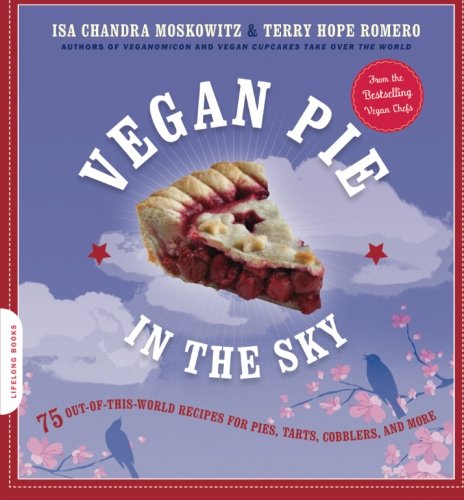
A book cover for Vegan Pie in the Sky: 75 Out-of-This-World Recipes for Pies, Tarts, Cobblers, and More; Isa Chandra Moskowitz; Cookbooks, Food & Wine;